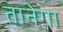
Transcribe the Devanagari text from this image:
तानेगा